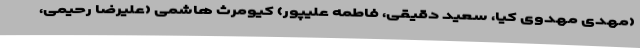
(مهدی مهدوی کیا، سعید دقیقی، فاطمه علیپور) کیومرث هاشمی (علیرضا رحیمی،